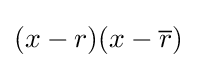
(x-r)(x-{\overline {r}})